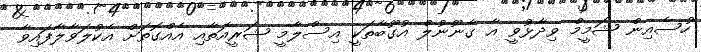
ހުސެއިން ޝަމީމް ވިދާޅުވީ އާ ގާނޫނުލް އުގޫބާތަކީ އިސްލާމީ ޝަރީއަތާއި އެއްގޮތަށް އެކުލަވާލާފައިވާ